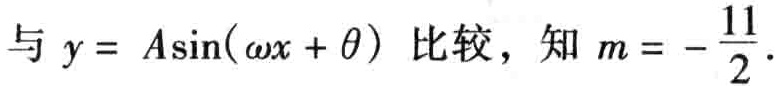
与 \(y = A\sin(\omega x + \theta)\) 比较，知 \(m = -\frac{11}{2}\)。